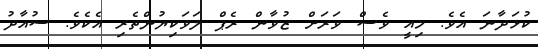
ކުޅަދާނަ އެވެ. މިއީ ވެސް ވަރަށް ޒުވާން ރެޕް ލަވަކިޔުންތެރި އެކެވެ. ސުއާދު